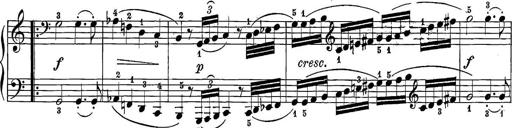
Title: 12 Sonatine per Pianoforte
Composer: Friedrich Kuhlau